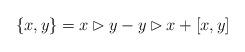
LaTeX: \begin{align*} \{x,y\}=x\rhd y- y\rhd x+ [x,y]\end{align*}